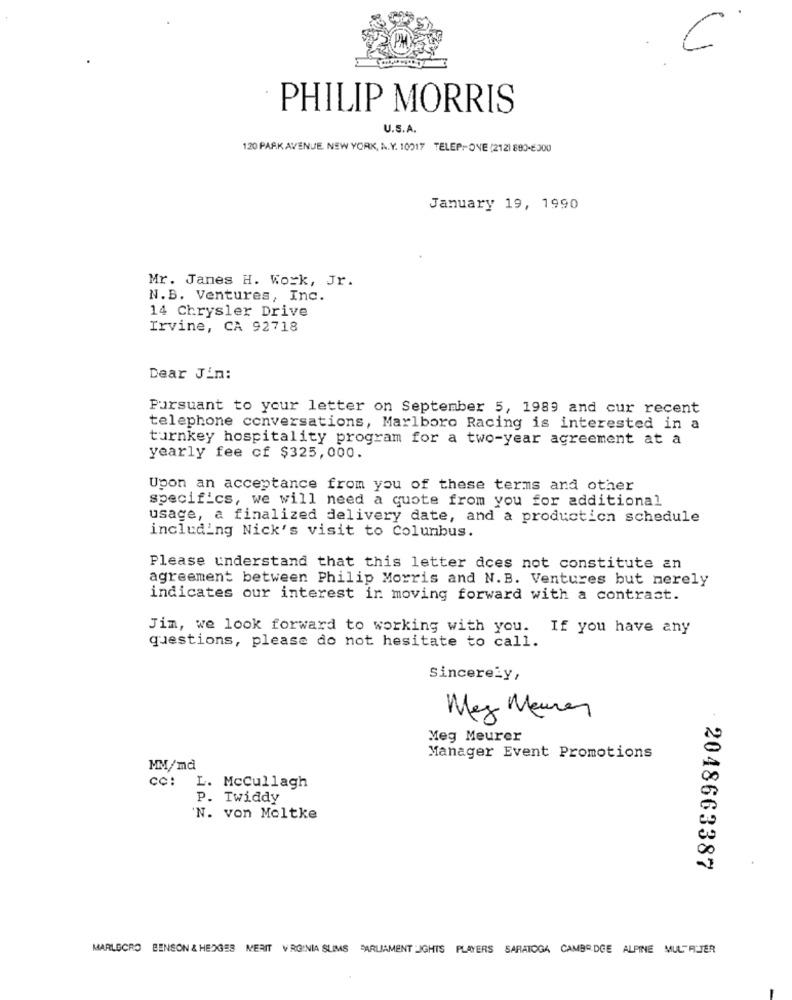
C
PHILIP MORRIS
U.S.A.
120 PARK AVENUE. NEW YORK, A.Y. 10017 TELEPHONE (212) 880-6300
January 19, 1990
Mr. Janes H. Work, Jr.
N.B. Ventures, Inc.
14 Chrysler Drive
Irvine, CA 92718
Dear Jin:
Pursuant to your letter on September 5, 1989 and cur recent
telephone conversations, Marlboro Racing is interested in a
turnkey hospitality program for a two-year agreement at a
yearly fee of $325,000.
Upon an acceptance from you of these terms and other
specifics, we will need a quote from you for additional
usage, a finalized delivery date, and a production schedule
including Nick's visit to Columbus.
Please understand that this letter does not constitute an
agreement between Philip Morris and N.B. Ventures but nerely
indicates our interest in moving forward with a contract.
Jim, we look forward to working with you. If you have any
questions, please do not hesitate to call.
Sincerely,
Meg Mennen
Meg Meurer
Manager Event Promotions
MM/md
cc: L. McCullagh
P. Twiddy
'N. von Moltke
2048663387
MARLBORO BENSON & HEDGES MERIT VIRGINIA SLIMS PARLIAMENT JGHTS PLAYERS SARATOGA CAMBODGE ALPINE MUL"RUTER